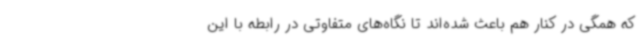
که همگی در کنار هم باعث شده‌اند تا نگاه‌های متفاوتی در رابطه با این